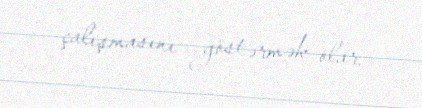
çalışmasını göstərmək olar.